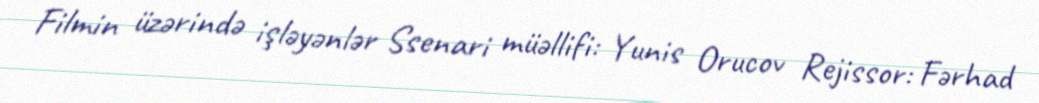
Filmin üzərində işləyənlər Ssenari müəllifi: Yunis Orucov Rejissor: Fərhad